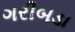
ગરીબડા